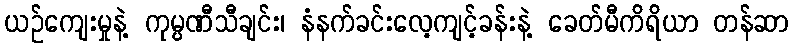
ယဉ်ကျေးမှုနဲ့ ကုမ္ပဏီသီချင်း၊ နံနက်ခင်းလေ့ကျင့်ခန်းနဲ့ ခေတ်မီကိရိယာ တန်ဆာ